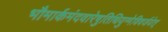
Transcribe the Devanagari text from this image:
भौमार्कमंदवारेषुतिथियुग्मेविवर्जयेत्